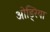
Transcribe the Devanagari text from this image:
ओड्रिया